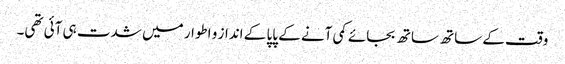
وقت کے ساتھ ساتھ بجائے کمی آنے کے پاپا کے انداز و اطوار میں شدت ہی آئی تھی۔